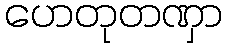
ဟေတုတဏှာ